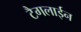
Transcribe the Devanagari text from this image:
टैगलाईन